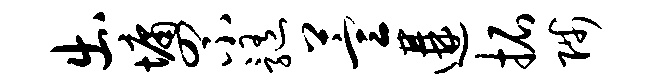
出墉罘髓萱遘拓陟